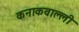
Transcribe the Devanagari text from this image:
कनाकवाल्ली